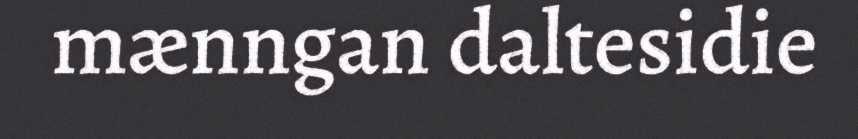
mænngan daltesidie